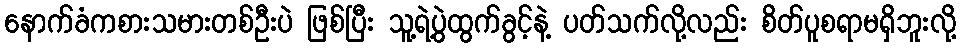
နောက်ခံကစားသမားတစ်ဦးပဲ ဖြစ်ပြီး သူ့ရဲ့ပွဲထွက်ခွင့်နဲ့ ပတ်သက်လို့လည်း စိတ်ပူစရာမရှိဘူးလို့